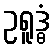
ဥရူဒ္ဓံ